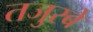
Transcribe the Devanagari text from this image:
तजुरबे